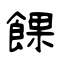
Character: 餜